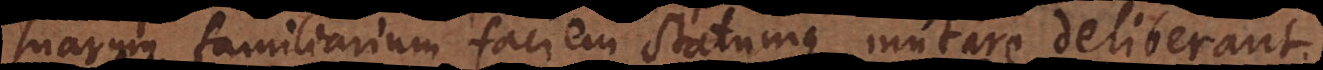
suarum familiarium faciem statumque mutare deliberant.